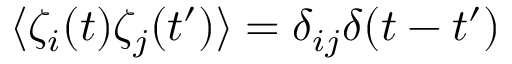
\langle \zeta _ { i } ( t ) \zeta _ { j } ( t ^ { \prime } ) \rangle = \delta _ { i j } \delta ( t - t ^ { \prime } )